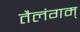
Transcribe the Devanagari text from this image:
तैलंगम्